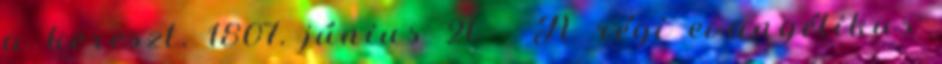
a kereszt. 1807. június 21. – A régi evangélikus